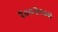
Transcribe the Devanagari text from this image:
१००२००७